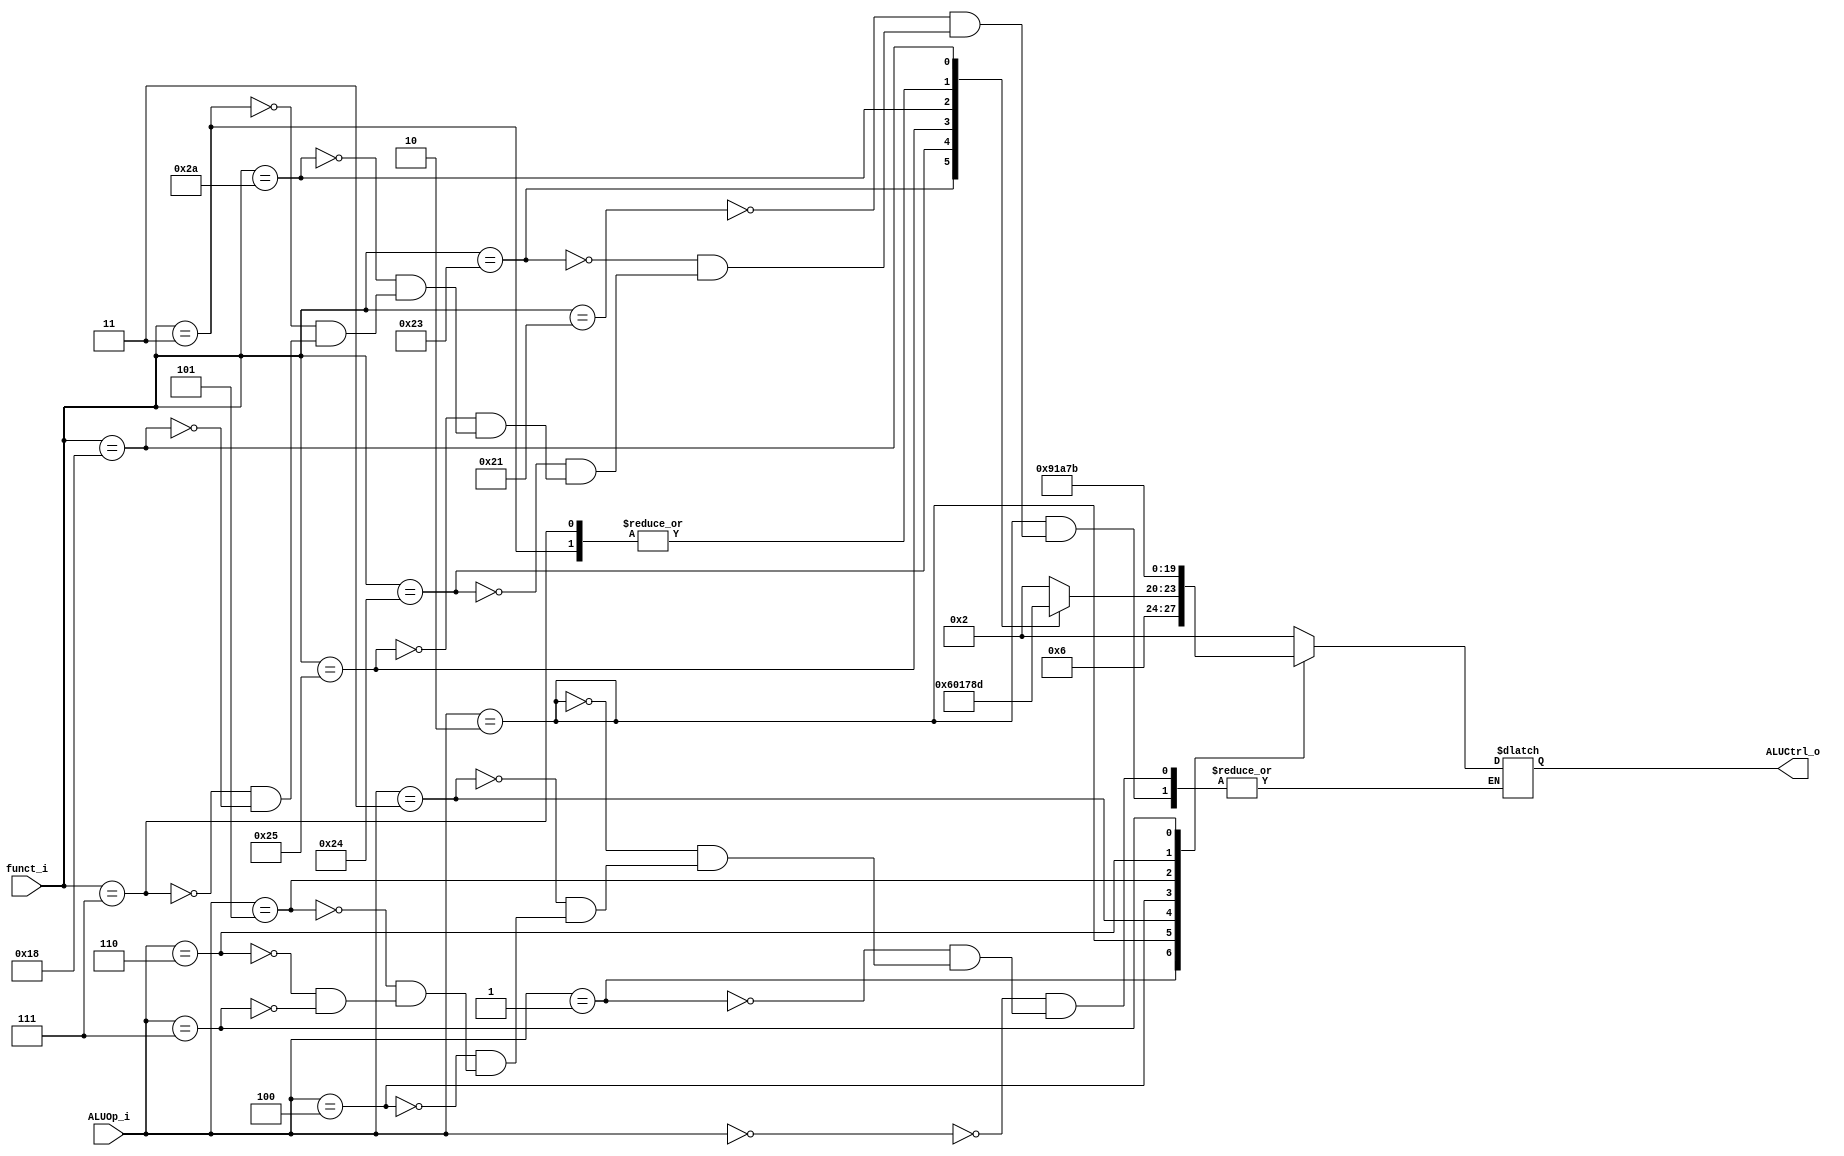
//Subject:     CO project 2 - ALU Controller
//--------------------------------------------------------------------------------
//Version:     1
//--------------------------------------------------------------------------------
//Writer:      Tracy Liu
//----------------------------------------------
//----------------------------------------------
//Description: 
//--------------------------------------------------------------------------------

module ALU_Ctrl(
          funct_i,
          ALUOp_i,
          ALUCtrl_o
          );
          
//I/O ports 
input      [6-1:0] funct_i;
input      [3-1:0] ALUOp_i;

output     [4-1:0] ALUCtrl_o;    
     
//Internal Signals
reg        [4-1:0] ALUCtrl_o;

//Parameter

       
//Select exact operation
always@(funct_i, ALUOp_i) begin
  case (ALUOp_i)
  	3'b000: ALUCtrl_o <= 4'b0010;
  	3'b001: ALUCtrl_o <= 4'b0110; // beq
  	3'b010: begin // R-format
  	  case (funct_i)
        6'b100001: ALUCtrl_o <= 4'b0010; // add
        6'b100011: ALUCtrl_o <= 4'b0110; // sub
        6'b100100: ALUCtrl_o <= 4'b0000; // and
        6'b100101: ALUCtrl_o <= 4'b0001; // or
        6'b101010: ALUCtrl_o <= 4'b0111; // slt
        6'b000011: ALUCtrl_o <= 4'b1000; // sra
        6'b000111: ALUCtrl_o <= 4'b1000; // srav
        6'b011000: ALUCtrl_o <= 4'b1101; // mul
  	  endcase
  	end
  	3'b011: ALUCtrl_o <= 4'b1001; // lui
  	3'b100: ALUCtrl_o <= 4'b0001; // ori
    3'b101: ALUCtrl_o <= 4'b1010; // bne
    3'b110: ALUCtrl_o <= 4'b0111; // sltiu
    3'b111: ALUCtrl_o <= 4'b1011; // ble
  endcase
end

endmodule